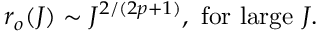
r _ { o } ( J ) \sim J ^ { 2 / ( 2 p + 1 ) } , \mathrm { ~ f o r ~ l a r g e } \ J .